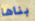
بناها